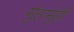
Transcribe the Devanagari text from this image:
मुंहामुंही